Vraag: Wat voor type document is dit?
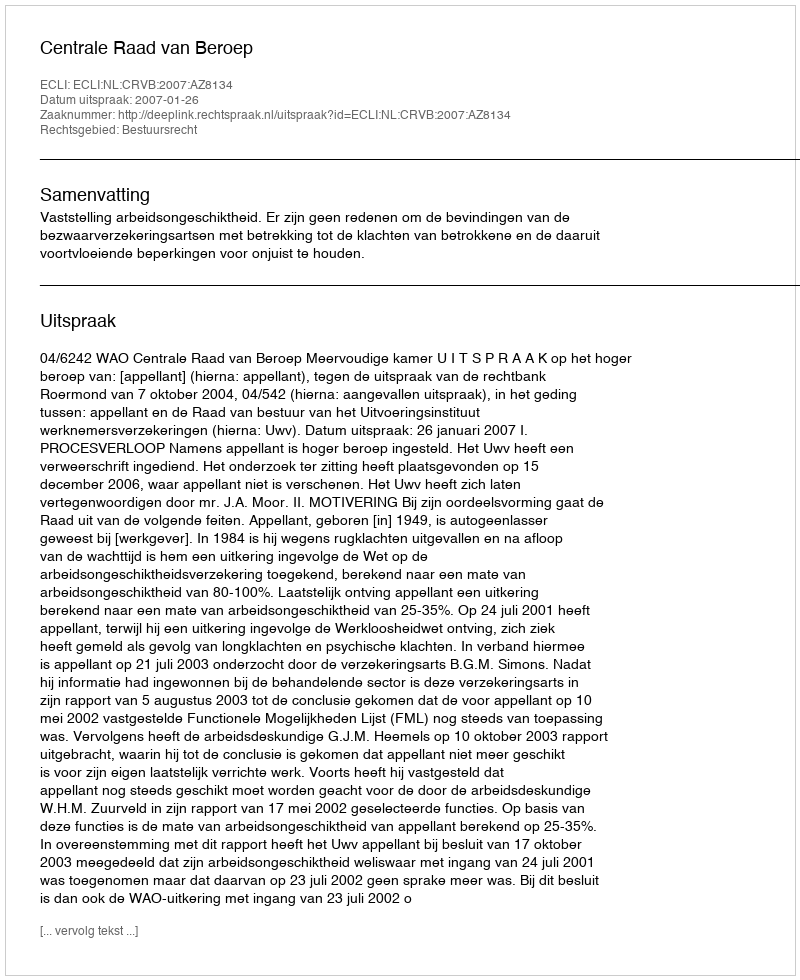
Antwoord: Uitspraak